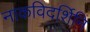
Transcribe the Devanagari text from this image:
नाकविदर्शिनि